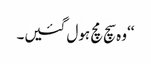
‘‘وہ سچ مچ ہول گئیں۔